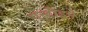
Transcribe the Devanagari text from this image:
एन्टोइने